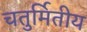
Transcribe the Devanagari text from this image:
चतुर्मितीय